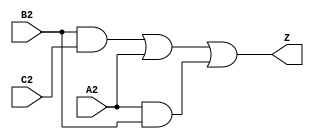
module simple_circuit3 (A2,B2,C2,Z);  
output Z;
input A2, B2, C2;
wire W1, W2, W3;
and G1(W1, B2, C2);
or G2(W2, W1, A2);
and G3(W3, A2, B2);
or G4(Z, W2, W3);
endmodule